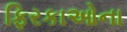
ફિરકાઓના